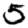
Digit: 5